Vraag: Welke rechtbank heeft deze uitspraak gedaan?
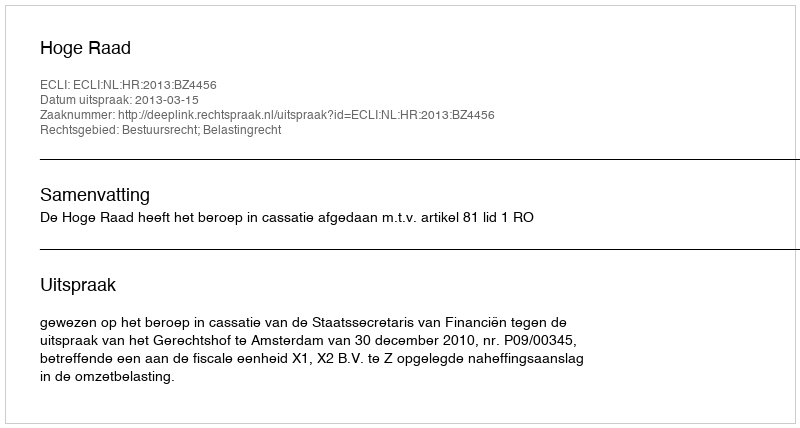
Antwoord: Hoge Raad